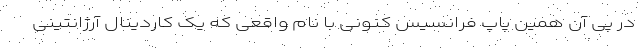
در پی آن همین پاپ فرانسیس کنونی با نام واقعی که یک کاردینال آرژانتینی